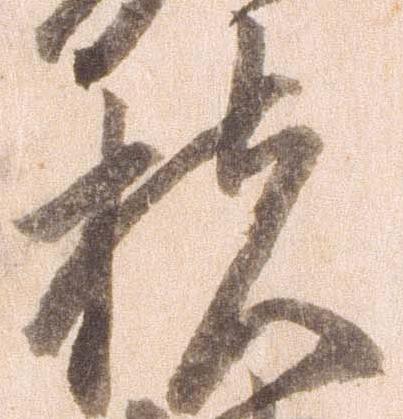
扶